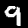
Label: 9